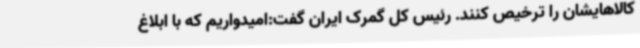
کالاهایشان را ترخیص کنند. رئیس کل گمرک ایران گفت:امیدواریم که با ابلاغ